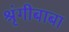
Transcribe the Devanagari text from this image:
श्रृंगीबाबा